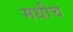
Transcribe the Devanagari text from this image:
मधीच